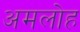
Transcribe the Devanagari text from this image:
अमलोह